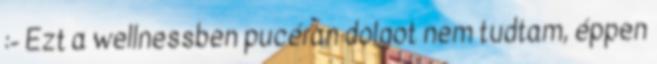
:- Ezt a wellnessben pucéran dolgot nem tudtam, éppen